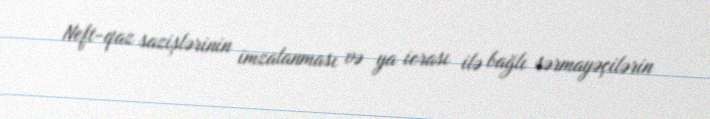
Neft-qaz sazişlərinin imzalanması və ya icrası ilə bağlı sərmayəçilərin